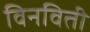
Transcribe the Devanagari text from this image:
विनविती